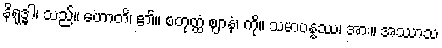
နိရုဒ္ဓါ၊ သည်။ ဟောတိ၊ ၏။ စတုတ္ထံ ဈာနံ၊ ကို။ သမာပန္နဿ၊ အား။ အဿာသ